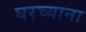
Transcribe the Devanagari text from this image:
घरच्याना